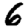
Digit: 6